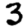
Digit: 3